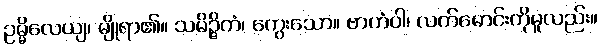
ဥမ္မိလေယျ၊ မျိုရာ၏။ သမိဉ္ဇိတံ၊ ကွေးသော။ ဗာဟံဝါ၊ လက်မောင်းကိုမူလည်း။